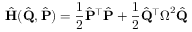
\hat { \bf { H } } ( \hat { \bf { Q } } , \hat { \bf { P } } ) = \frac { 1 } { 2 } \hat { \bf { P } } ^ { \intercal } \hat { \bf { P } } + \frac { 1 } { 2 } \hat { \bf { Q } } ^ { \intercal } \boldsymbol { \Omega } ^ { 2 } \hat { \bf { Q } }